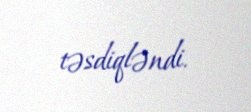
təsdiqləndi.